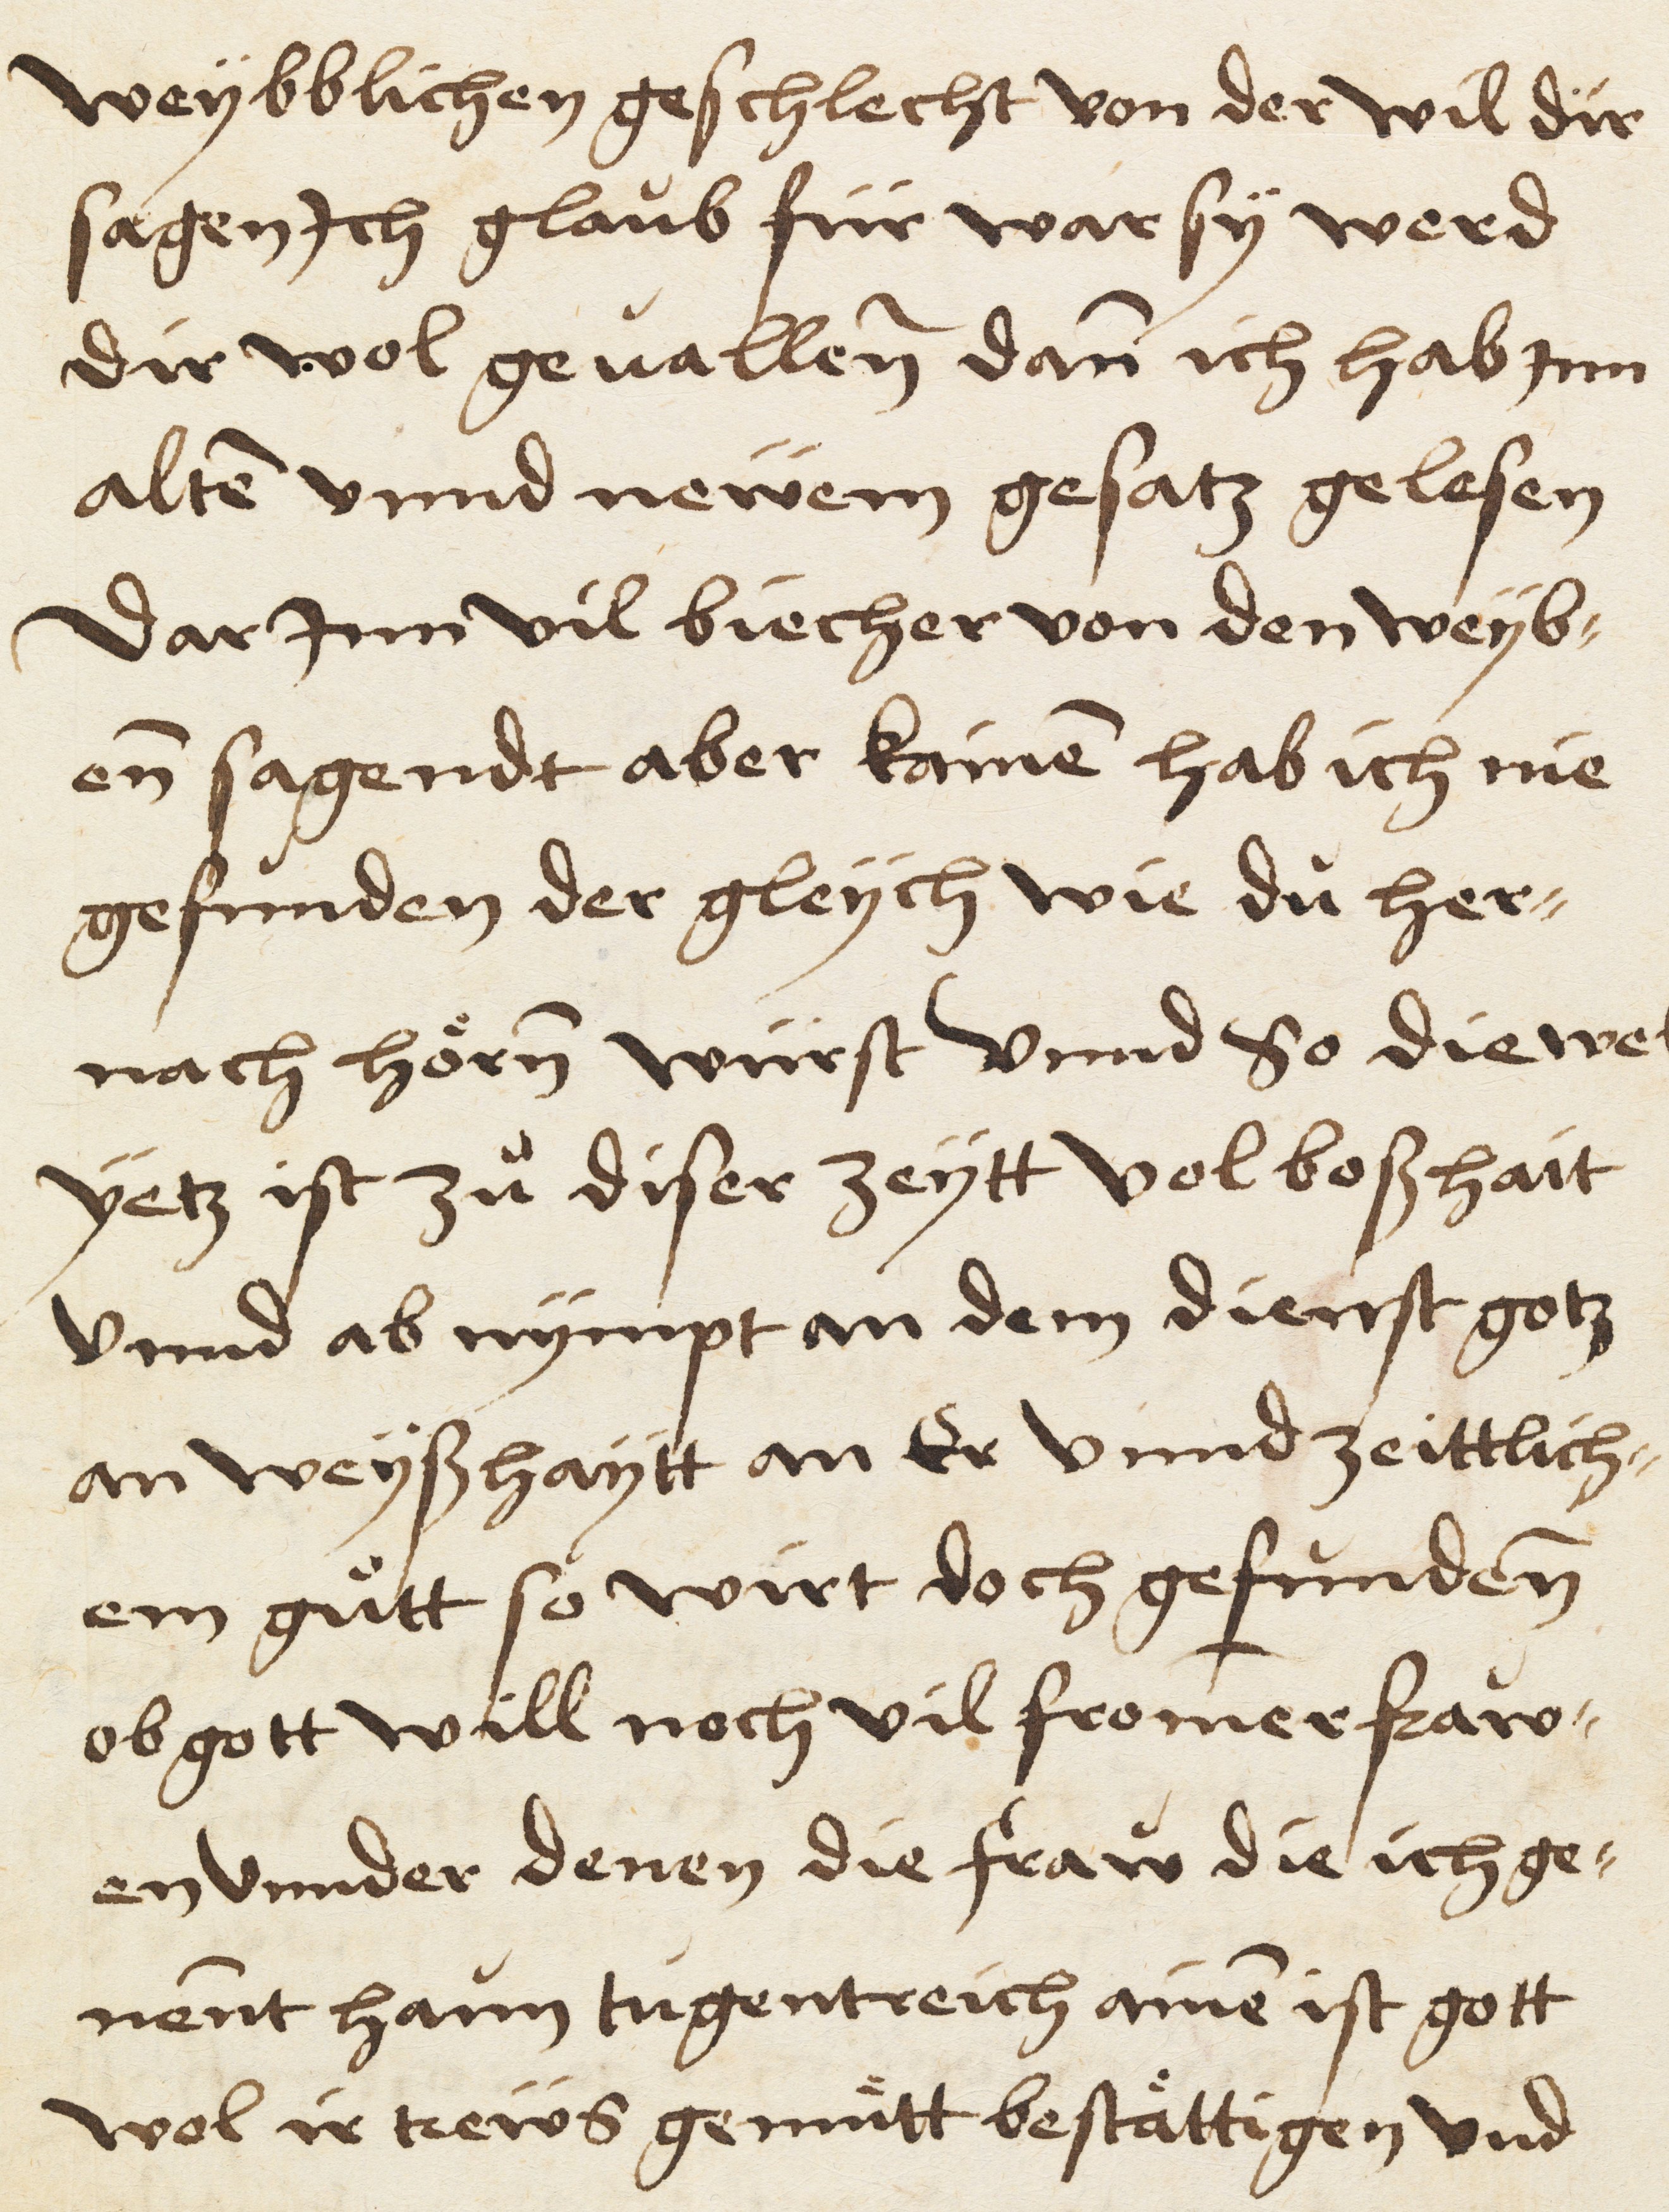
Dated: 1521–1521